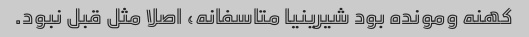
کهنه و‌مونده بود شیرینیا متاسفانه، اصلا مثل قبل نبود.